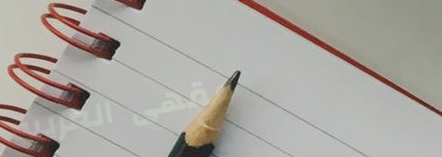
مقهى العربية